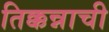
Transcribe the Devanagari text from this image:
तिक्कन्नाची